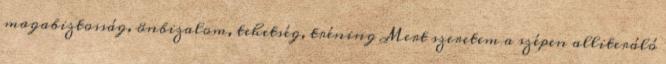
magabiztosság, önbizalom, tehetség, tréning Mert szeretem a szépen alliteráló